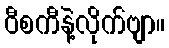
ဝီစကီနဲ့လိုက်ဗျာ။